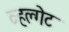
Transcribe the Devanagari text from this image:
व्हल्गेट